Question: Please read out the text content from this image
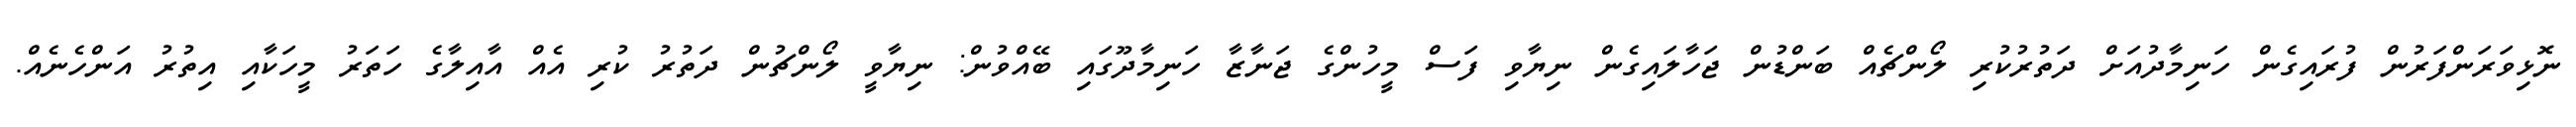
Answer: ނޮޅިވަރަންފަރުން ފުރައިގެން ހަނިމާދުއަށް ދަތުރުކުރި ލޯންޗެއް ބަންޑުން ޖަހާލައިގެން ނިޔާވި ފަސް މީހުންގެ ޖަނާޒާ ހަނިމާދޫގައި ބޭއްވުން: ނިޔާވީ ލޯންޗުން ދަތުރު ކުރި އެއް އާއިލާގެ ހަތަރު މީހަކާއި އިތުރު އަންހެނެއް.